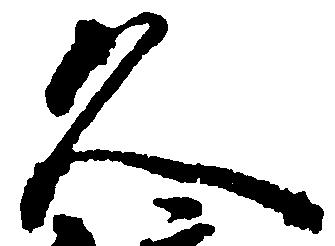
久